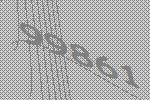
99861